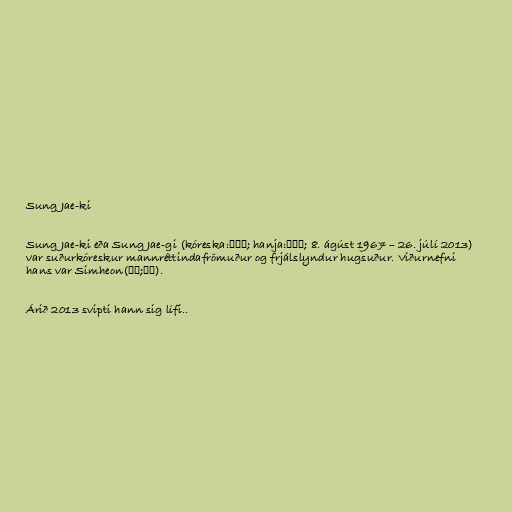
Sung Jae-ki

Sung Jae-ki eða Sung Jae-gi (kóreska:성재기; hanja:成在基; 8. ágúst 1967 – 26. júlí 2013)
var suðurkóreskur mannréttindafrömuður og frjálslyndur hugsuður. Viðurnefni
hans var Simheon(심헌;審軒).

Árið 2013 svipti hann sig lífi..